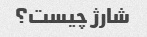
شارژ چیست؟